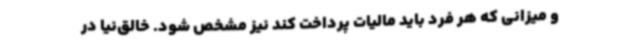
و میزانی که هر فرد باید مالیات پرداخت کند نیز مشخص شود. خالق‌نیا در